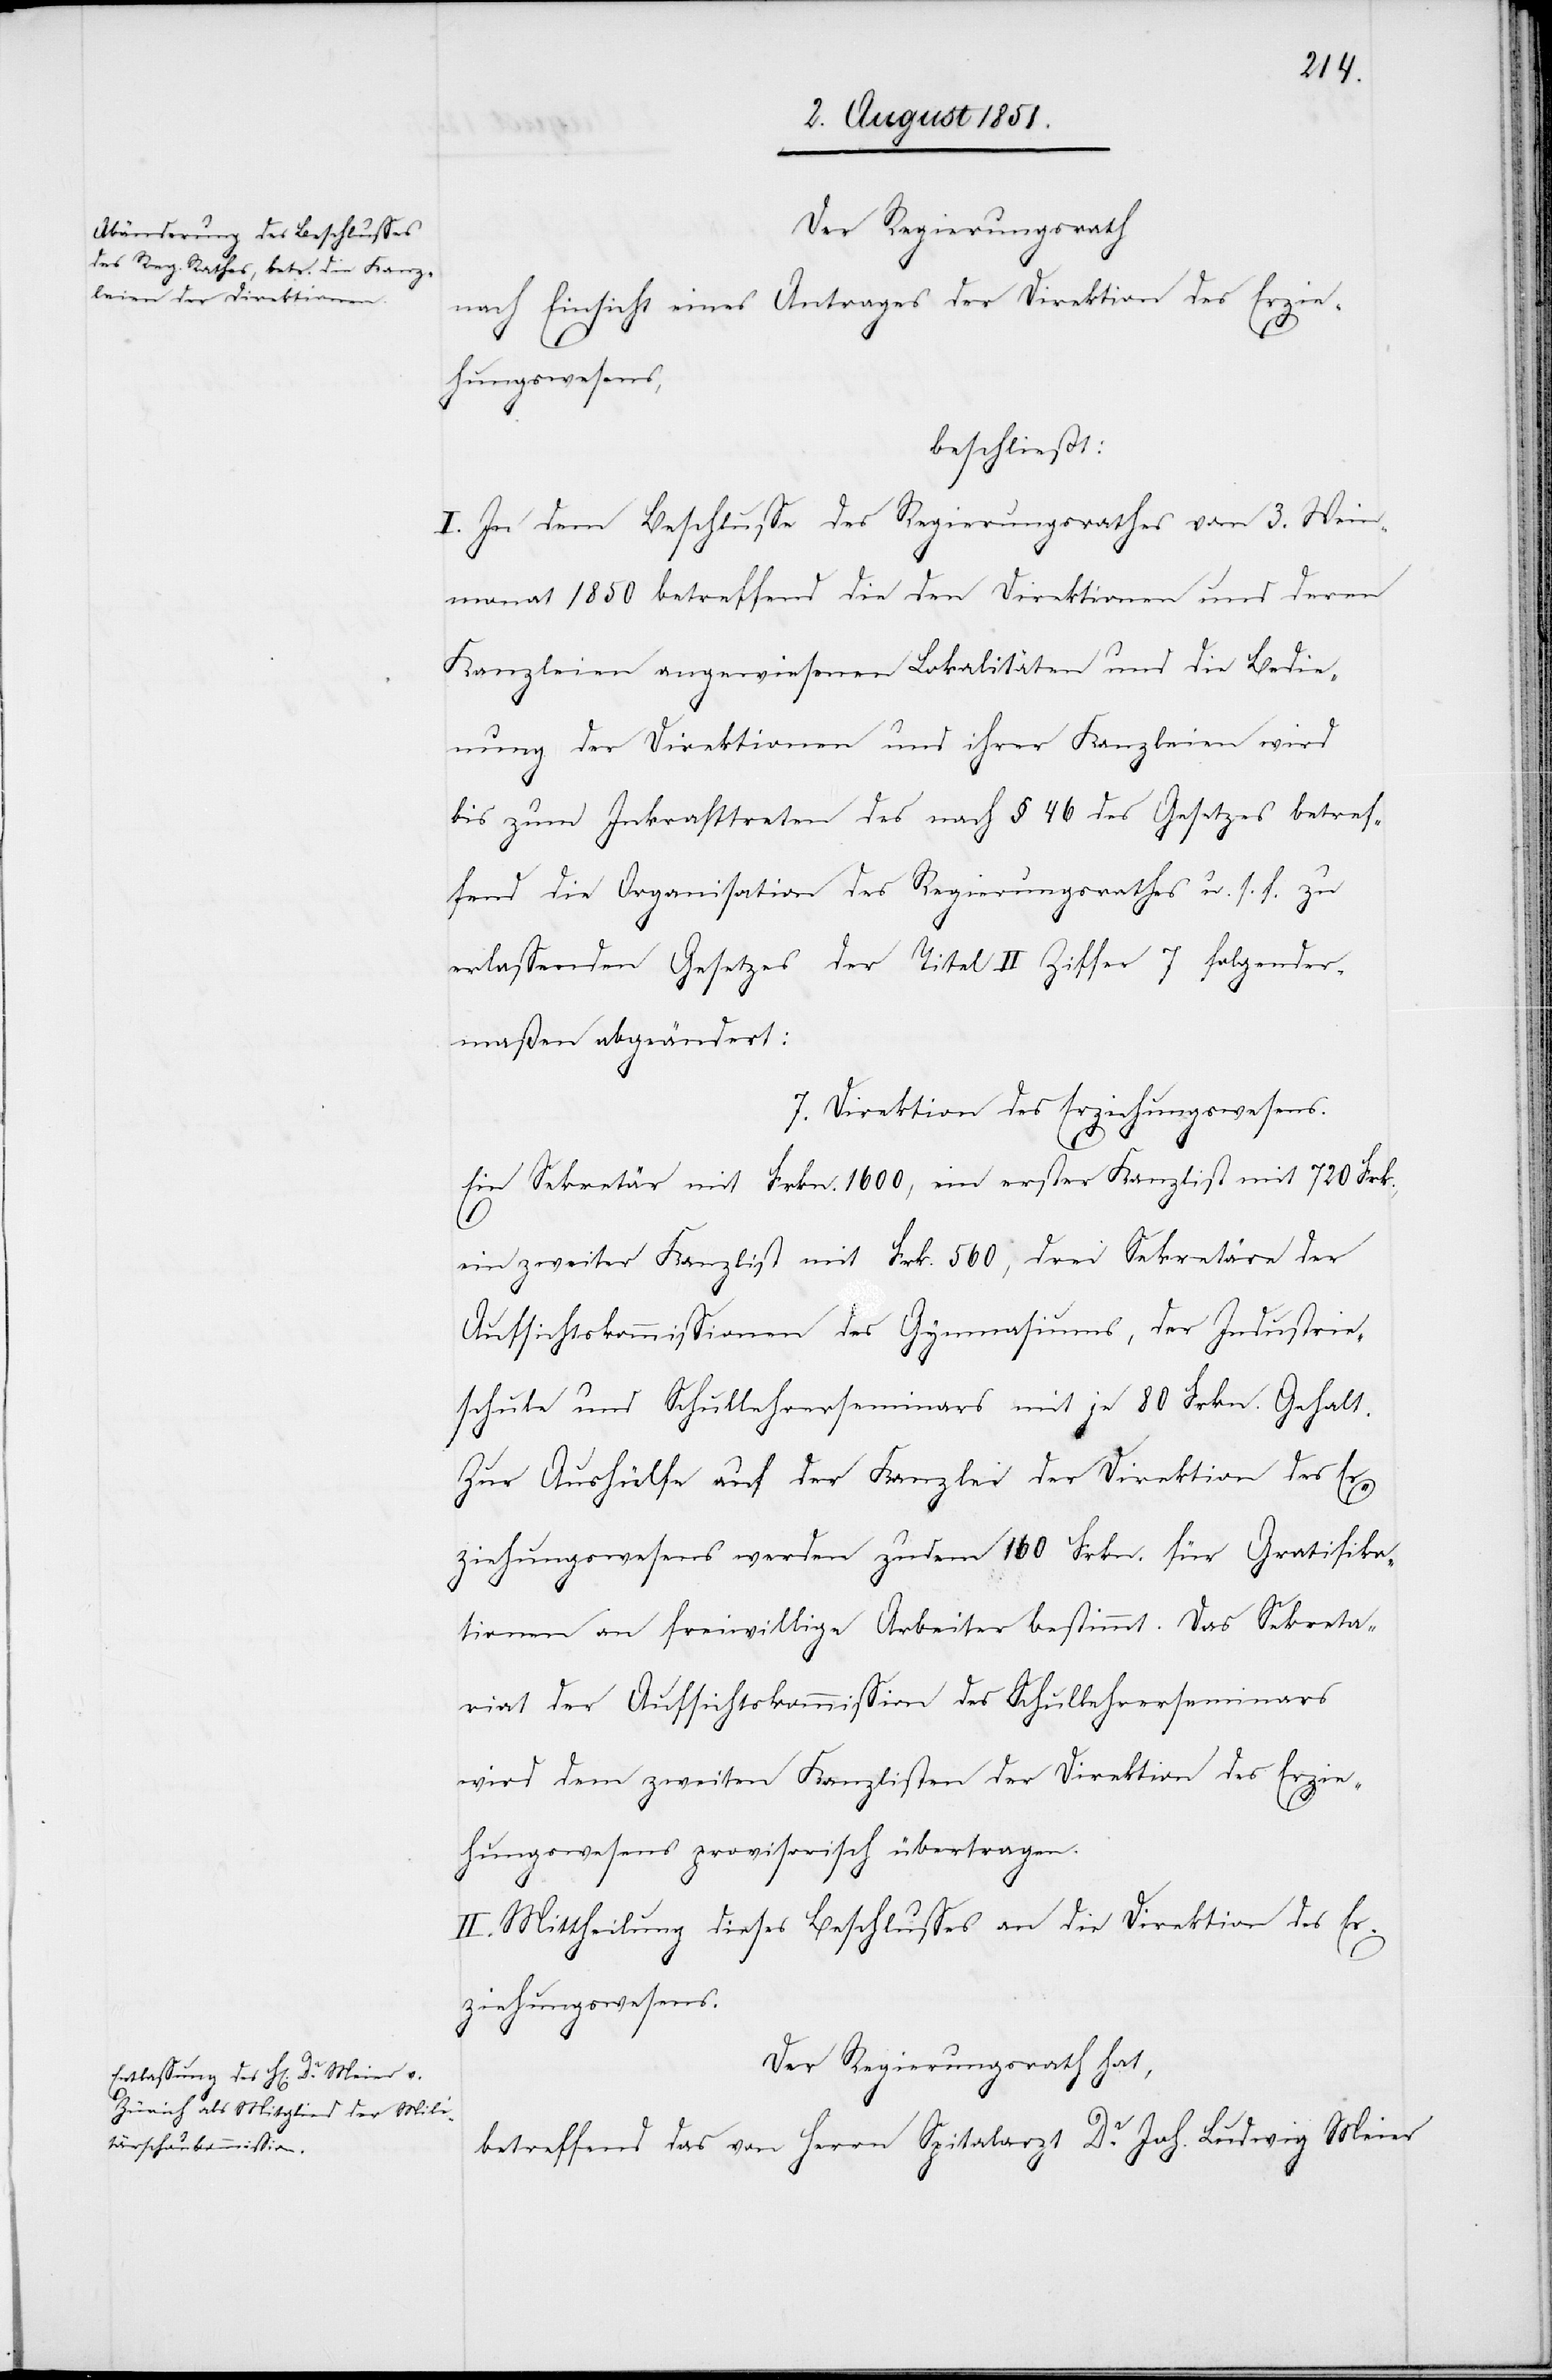
Der Regierungsrath
nach Einsicht eines Antrages der Direktion des Erzie¬
hungswesens,
beschließt:
I. In dem Beschlusse des Regierungsrathes vom 3. Wein¬
monat 1850 betreffend die den Direktionen und deren
Kanzleien angewiesenen Lokalitäten und die Bedie¬
nung der Direktionen und ihrer Kanzleien wird
bis zum Inkrafttreten des nach § 46 des Gesetzes betref¬
fend die Organisation des Regierungsrathes u. s. f. zu
erlassenden Gesetzes der Titel II Ziffer 7 folgender¬
maßen abgeändert:
7. Direktion des Erziehungswesens.
Ein Sekretär mit Frkn. 1600, ein erster Kanzlist mit 720 Frk.,
ein zweiter Kanzlist mit Frk. 560, drei Sekretäre der
Aufsichtskommissionen des Gymnasiums, der Industrie¬
schule und Schullehrerseminars mit je 80 Frkn. Gehalt.
Zur Aushülfe auf der Kanzlei der Direktion des Er¬
ziehungswesens werden zudem 160 Frkn. für Gratifika¬
tionen an freiwillige Arbeiter bestimmt. Das Sekreta¬
riat der Aufsichtskommission des Schullehrerseminars
wird dem zweiten Kanzlisten der Direktion des Erzie¬
hungswesens provisorisch übertragen.
II. Mittheilung dieses Beschlusses an die Direktion des Er¬
ziehungswesens.
Der Regierungsrath hat,
betreffend das von Herrn Spitalarzt Dr. Joh. Ludwig Meier